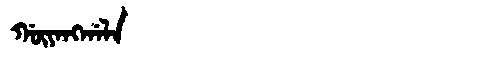
Manchu: ᡤᡡᠶᠠᠩᡤᠠᠯᠠ
Romanization: GŪYANGGALA